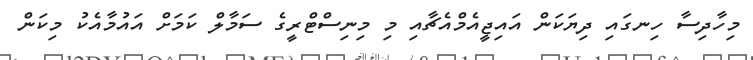
މިހާދިސާ ހިނގައި ދިޔަކަން އައިޖީއެމްއެޗާއި މި މިނިސްޓްރީގެ ސަމާލް ކަމަށް އައުމާއެކު މިކަން